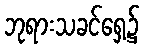
ဘုရားသခင်ရှေ့၌